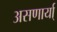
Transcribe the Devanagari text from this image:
असणार्या्